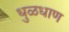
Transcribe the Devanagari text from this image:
धुळधाण